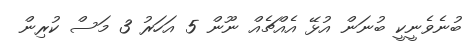
ބުނެވެނީކީ ބުނަން އުޅޭ އެއްޗެއް ނޫން 5 އަހަރު 3 މަސް ކުރިން